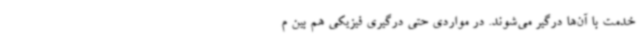
خدمت با آن‌ها درگیر می‌شوند. در مواردی حتی درگیری فیزیکی هم بین م